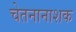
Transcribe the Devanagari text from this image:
चेतनानाशक